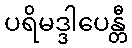
ပရိမဒ္ဒါပေန္တီ